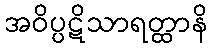
အဝိပ္ပဋိသာရတ္ထာနိ